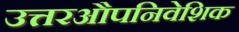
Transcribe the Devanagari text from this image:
उत्तरऔपनिवेशिक